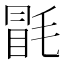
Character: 毷